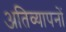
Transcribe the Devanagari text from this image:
अतिव्यापनों